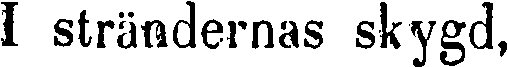
I strändernas skygd,